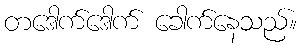
တဒေါက်ဒေါက် ခေါက်နေသည်။